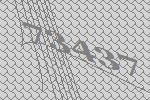
73437